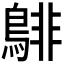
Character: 𪁹